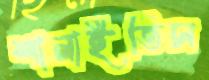
শানাইতিস